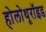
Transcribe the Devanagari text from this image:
होलोथूरॉइड